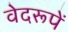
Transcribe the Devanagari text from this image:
वेदरूपें